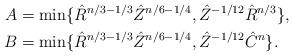
LaTeX: \begin{align*}A&=\min\{\hat R^{n/3-1/3}\hat Z^{n/6-1/4}, \hat Z^{-1/12}\hat R^{n/3}\},\\B&=\min\{\hat R^{n/3-1/3}\hat Z^{n/6-1/4}, \hat Z^{-1/12}\hat C^{n}\}.\end{align*}